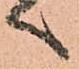
へ